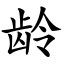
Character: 龄